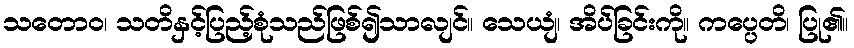
သတောဝ၊ သတိနှင့်ပြည့်စုံသည်ဖြစ်၍သာလျင်။ သေယျံ၊ အိပ်ခြင်းကို။ ကပ္ပေတိ၊ ပြု၏။